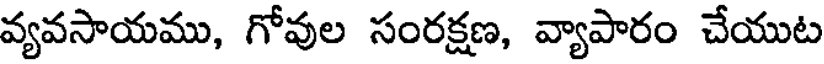
వ్యవసాయము, గోవుల సంరక్షణ, వ్యాపారం చేయుట